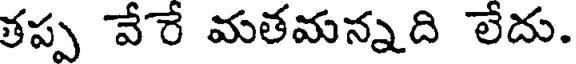
తప్ప వేరే మతమన్నది లేదు.